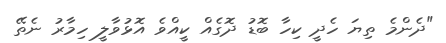
"ދެންމެ ތިޔަ ހެދީ ކިހާ ބޮޑު ދޮގެއް ކީއްވެ އޮޅުވާލީ ހިމާރު ނެތޭ